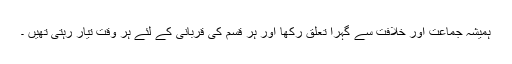
ہمیشہ جماعت اور خلافت سے گہرا تعلق رکھا اور ہر قسم کی قربانی کے لئے ہر وقت تیار رہتی تھیں ۔